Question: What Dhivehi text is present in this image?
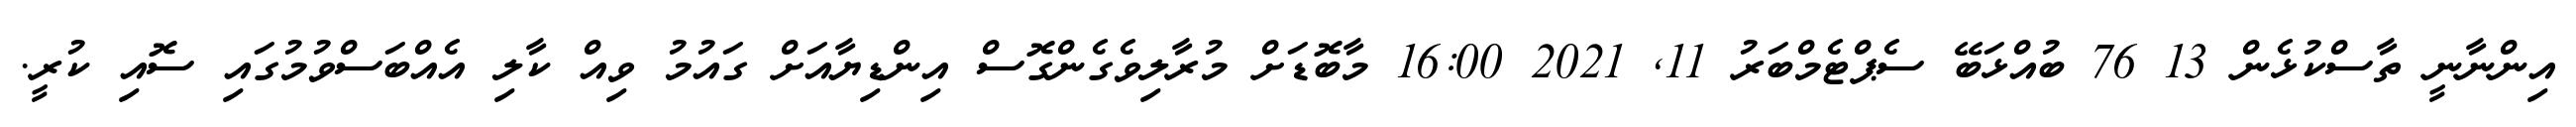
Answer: އިންނާނީ ތާސްކުޅެން 13 76 ބުއްޅަބޭ ސެޕްޓެމްބަރު 11, 2021 16:00 މާބޮޑަށް މުރާލިވެގެންގޮސް އިންޑިޔާއަށް ގައުމު ވިއް ކާލި އެއްބަސްވުމުގައި ސޮއި ކުރީ.